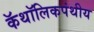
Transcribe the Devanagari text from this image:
कॅथॉलिकपंथीय